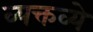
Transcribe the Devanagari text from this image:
व्यक्तव्ये